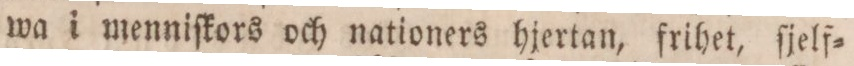
wa i menniſkors och nationers hjertan, frihet, ſjelf=